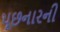
પૂછનારની